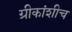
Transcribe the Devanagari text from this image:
ग्रीकांशीच